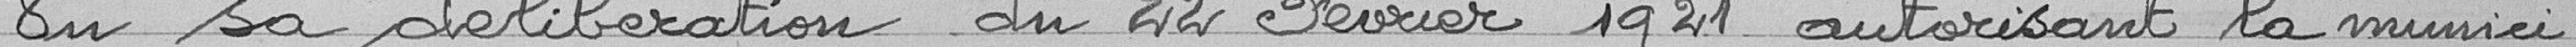
En sa délibération du 22 février 1921, autorisant la munici-